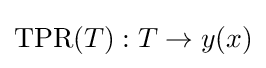
\operatorname {TPR} (T):T\to y(x)